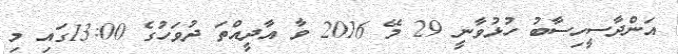
އަންދާސީހިސާބު ހުޅުވާނީ 29 މޭ 2016 ވާ އާދީއްތަ ދުވަހުގެ 13:00ގައި މި